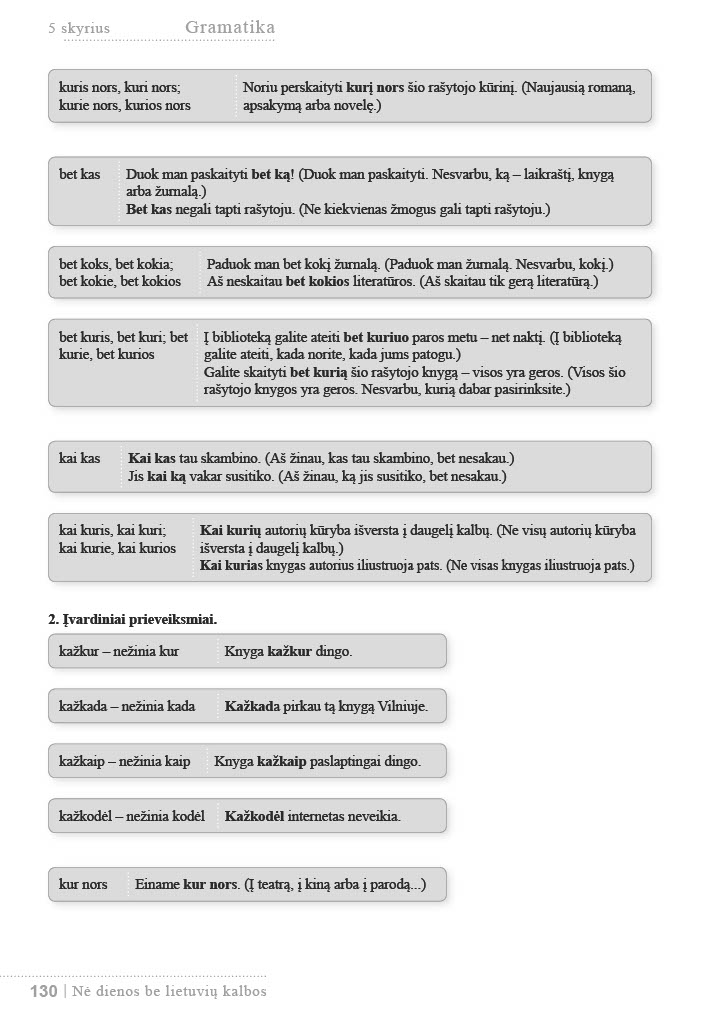
Language: lt